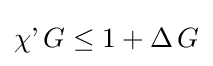
\operatorname {\chi '} G\leq 1+\operatorname {\Delta } G